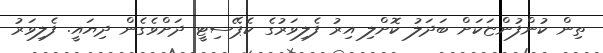
ތިން ކުންފުންޏަކަށް ބަދަލު ކޮށްލި އިރު ފެލިވަރުގެ ކެޕޭސިޓީ ދަށްވެގެން ދިޔައީ. ފެލިވަރު